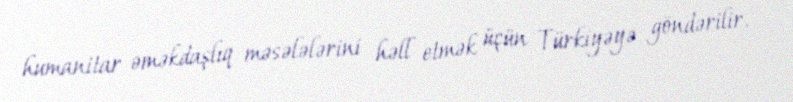
humanitar əməkdaşlıq məsələlərini həll etmək üçün Türkiyəyə göndərilir.